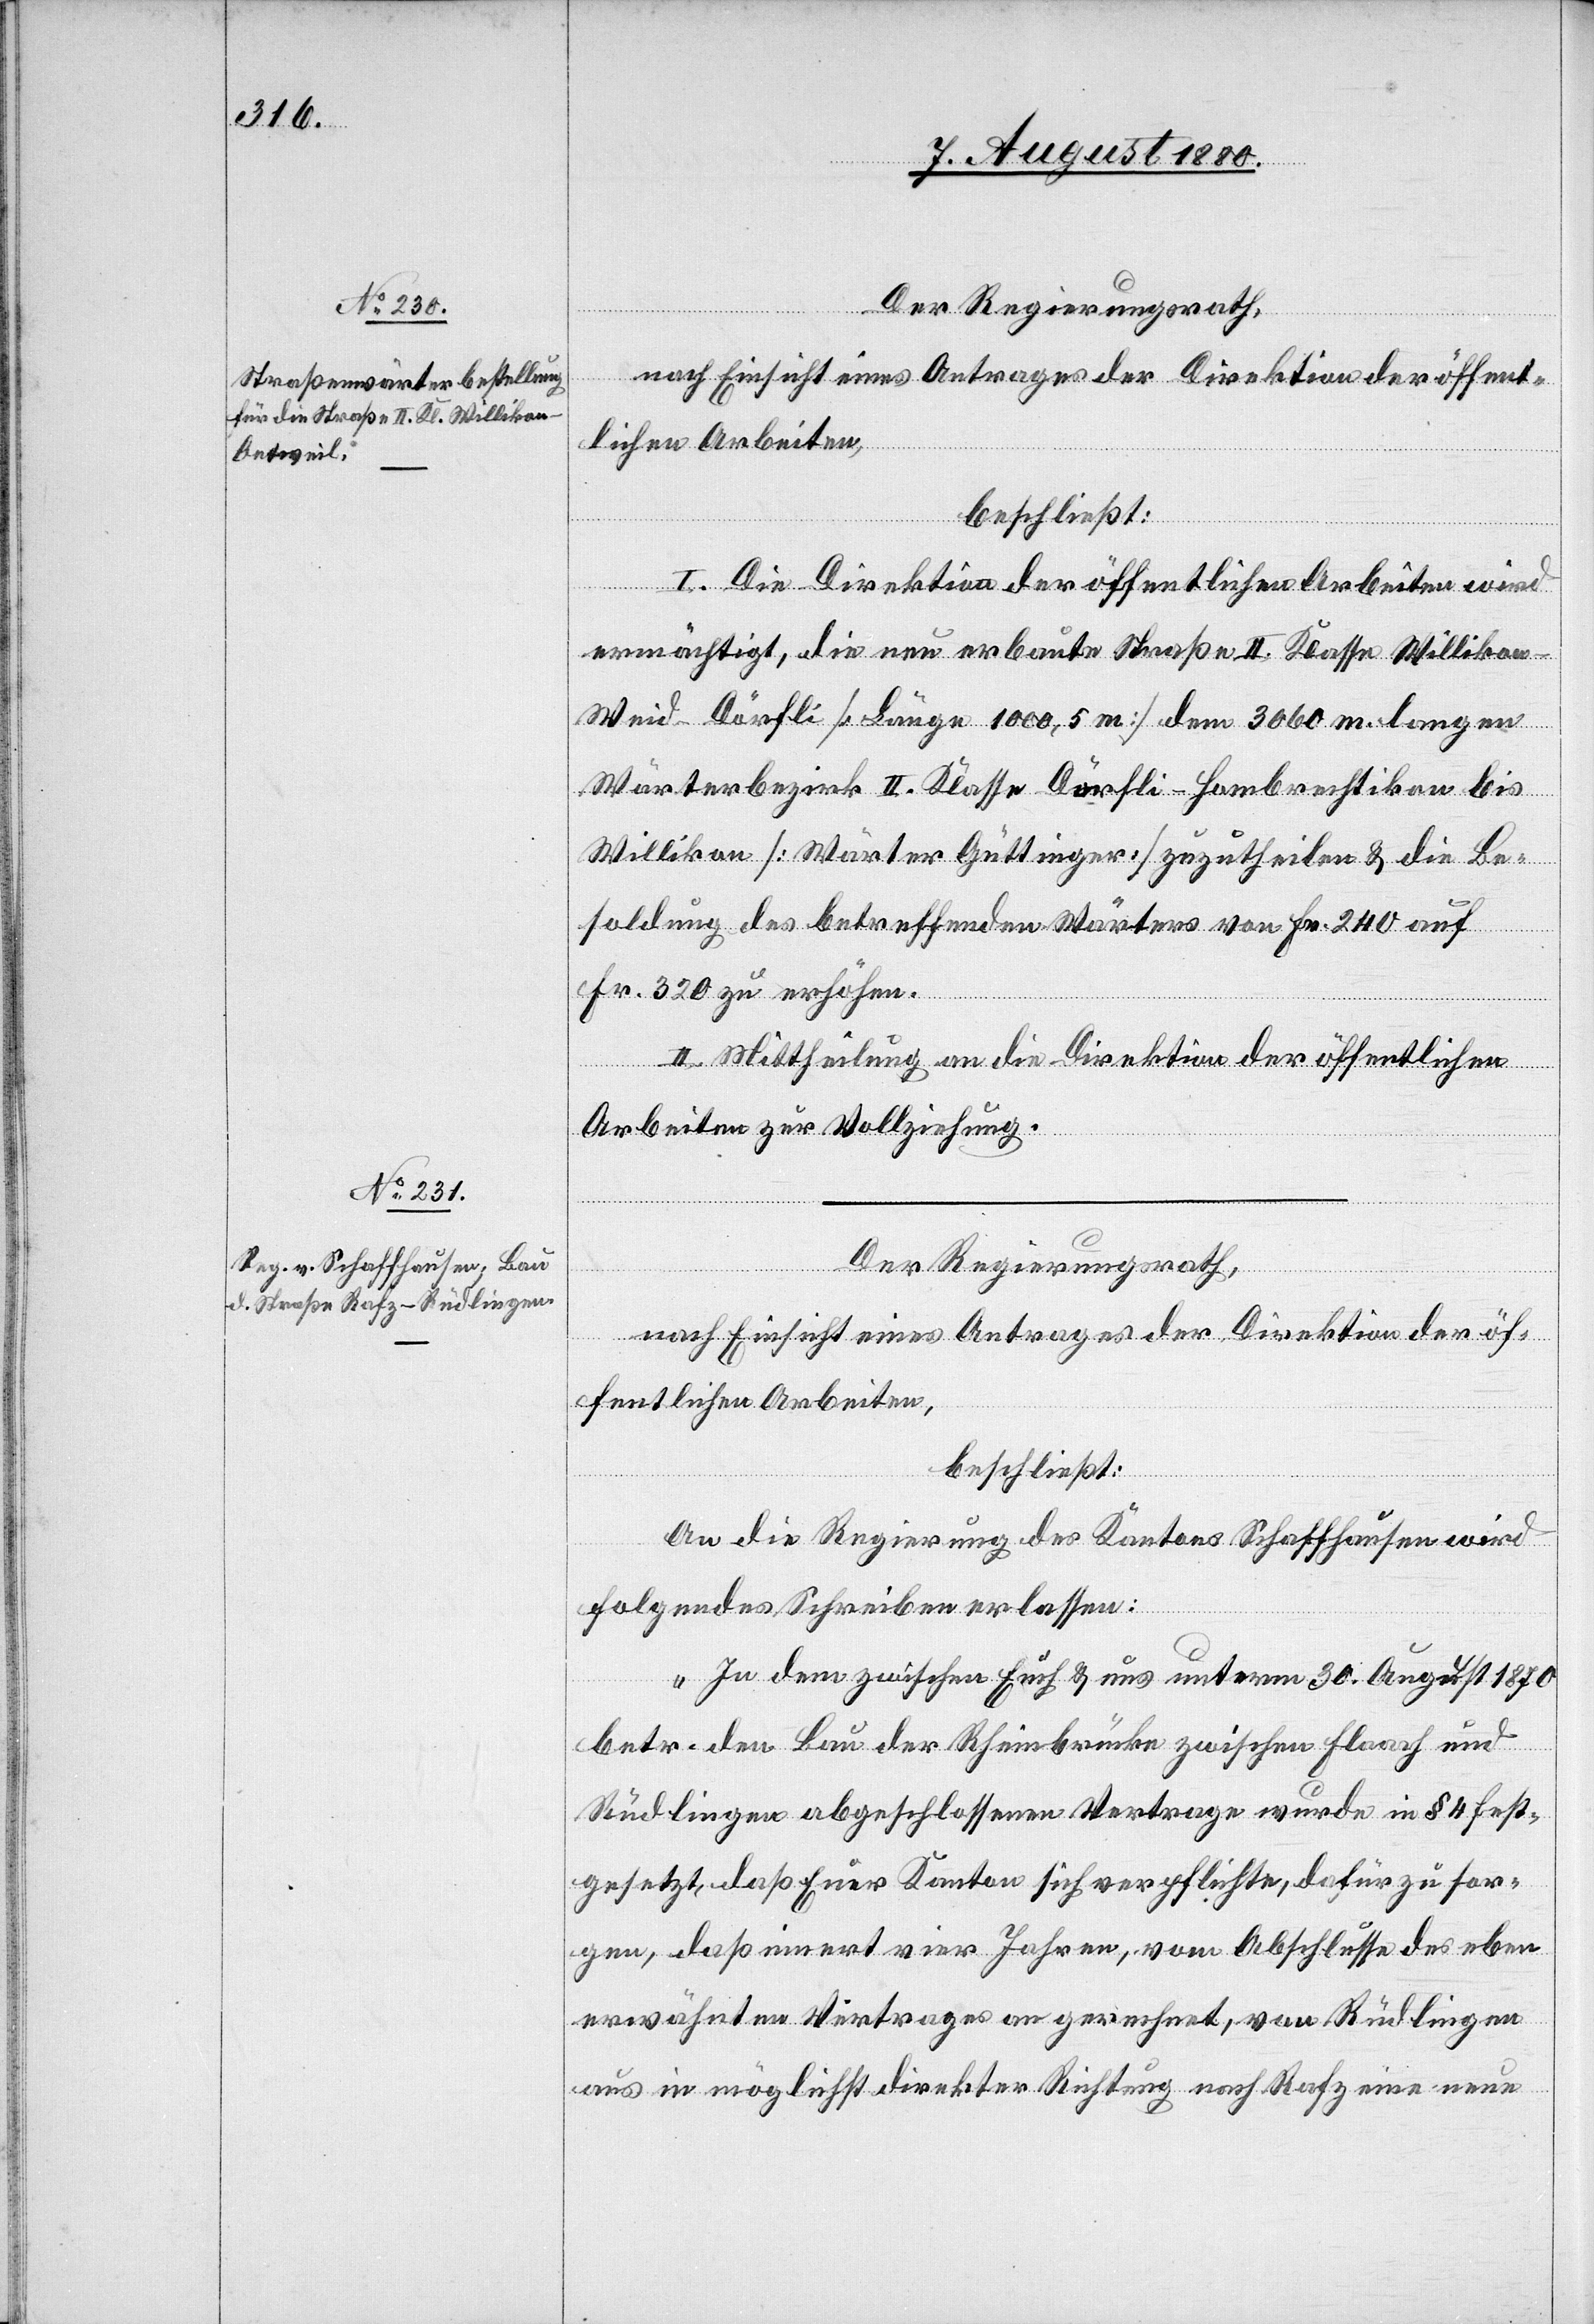
Der Regierungsrath,
nach Einsicht eines Antrages der Direktion der öffent¬
lichen Arbeiten,
beschließt:
I. Die Direktion der öffentlichen Arbeiten wird
ermächtigt, die neu erbaute Straße II. Klasse Williko¬
n–Weid–Dörfli [Länge 1000,5 m] dem 3060 m langen
Wärterbezirk II. Klasse Dörfli–Hombrechtikon bis
Willikon [Wärter Güttinger] zuzutheilen & die Be¬
soldung des betreffenden Wärters von Fr. 240 auf
Fr. 320 zu erhöhen.
II. Mittheilung an die Direktion der öffentlichen
Arbeiten zur Vollziehung.
Der Regierungsrath,
nach Einsicht eines Antrages der Direktion der öf¬
fentlichen Arbeiten,
beschließt:
An die Regierung des Kantons Schaffhausen wird
folgendes Schreiben erlassen:
„In dem zwischen Euch & uns unterm 30. August 1870
betr. den Bau der Rheinbrücke zwischen Flaach und
Rüdlingen abgeschlossenen Vertrage wurde in § 4 fest¬
gesetzt, daß Euer Kanton sich verpflichtet, dafür zu sor¬
gen, daß innert vier Jahren, vom Abschlusse des eben
erwähnten Vertrages an gerechnet, von Rüdlingen
aus in möglichst direkter Richtung nach Rafz eine neue